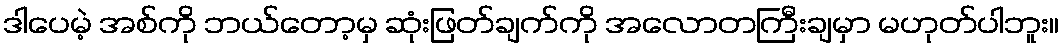
ဒါပေမဲ့ အစ်ကို ဘယ်တော့မှ ဆုံးဖြတ်ချက်ကို အလောတကြီးချမှာ မဟုတ်ပါဘူး။